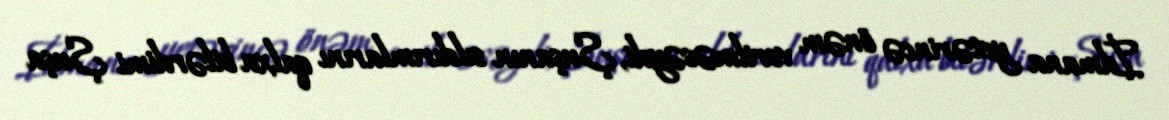
İdmana yetərincə önəm verilməsəydi, Şuşanın sıldırımlarını qalxa bilərdimi Şuşa